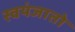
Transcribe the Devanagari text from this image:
स्वयंजातो